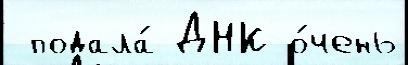
 подала́ ДНК о́чень